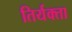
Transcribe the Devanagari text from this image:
तिर्यक्ता